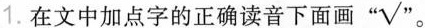
在文中加点字的正确读音下面画 “√”。